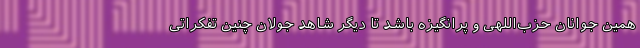
همین جوانان حزب‌اللهی و پرانگیزه باشد تا دیگر شاهد جولان چنین تفکراتی